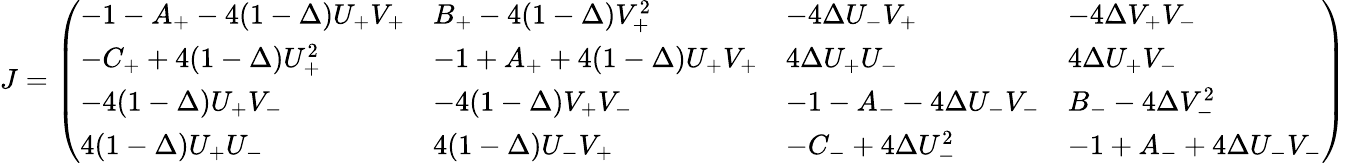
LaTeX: J=\left(\begin{array}{llll}{-1-A_{+}-4(1-\Delta)U_{+}V_{+}}&{B_{+}-4(1-\Delta)V_{+}^{2}}&{-4\Delta U_{-}V_{+}}&{-4\Delta V_{+}V_{-}}\\ {-C_{+}+4(1-\Delta)U_{+}^{2}}&{-1+A_{+}+4(1-\Delta)U_{+}V_{+}}&{4\Delta U_{+}U_{-}}&{4\Delta U_{+}V_{-}}\\ {-4(1-\Delta)U_{+}V_{-}}&{-4(1-\Delta)V_{+}V_{-}}&{-1-A_{-}-4\Delta U_{-}V_{-}}&{B_{-}-4\Delta V_{-}^{2}}\\ {4(1-\Delta)U_{+}U_{-}}&{4(1-\Delta)U_{-}V_{+}}&{-C_{-}+4\Delta U_{-}^{2}}&{-1+A_{-}+4\Delta U_{-}V_{-}}\end{array}\right)